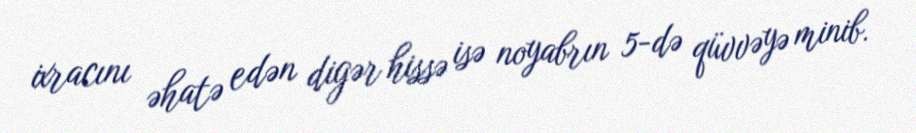
ixracını əhatə edən digər hissə isə noyabrın 5-də qüvvəyə minib.